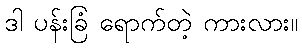
ဒါ ပန်းခြံ ရောက်တဲ့ ကားလား။